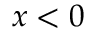
x < 0